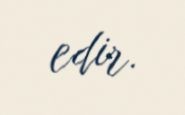
edir.